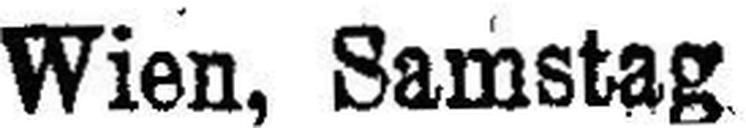
Wien, Samstag